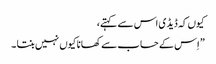
کیوں کہ ڈیڈ ی اس سے کہتے،
” اِس کے حساب سے کھانا کیوں نہیں بنتا ۔